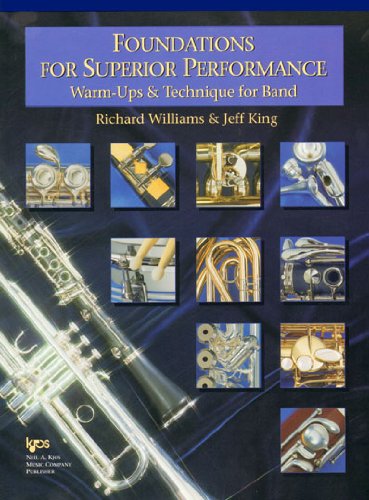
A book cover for Foundations for Superior Performance: B Tenor Saxophone; Richard Williams; Teen & Young Adult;